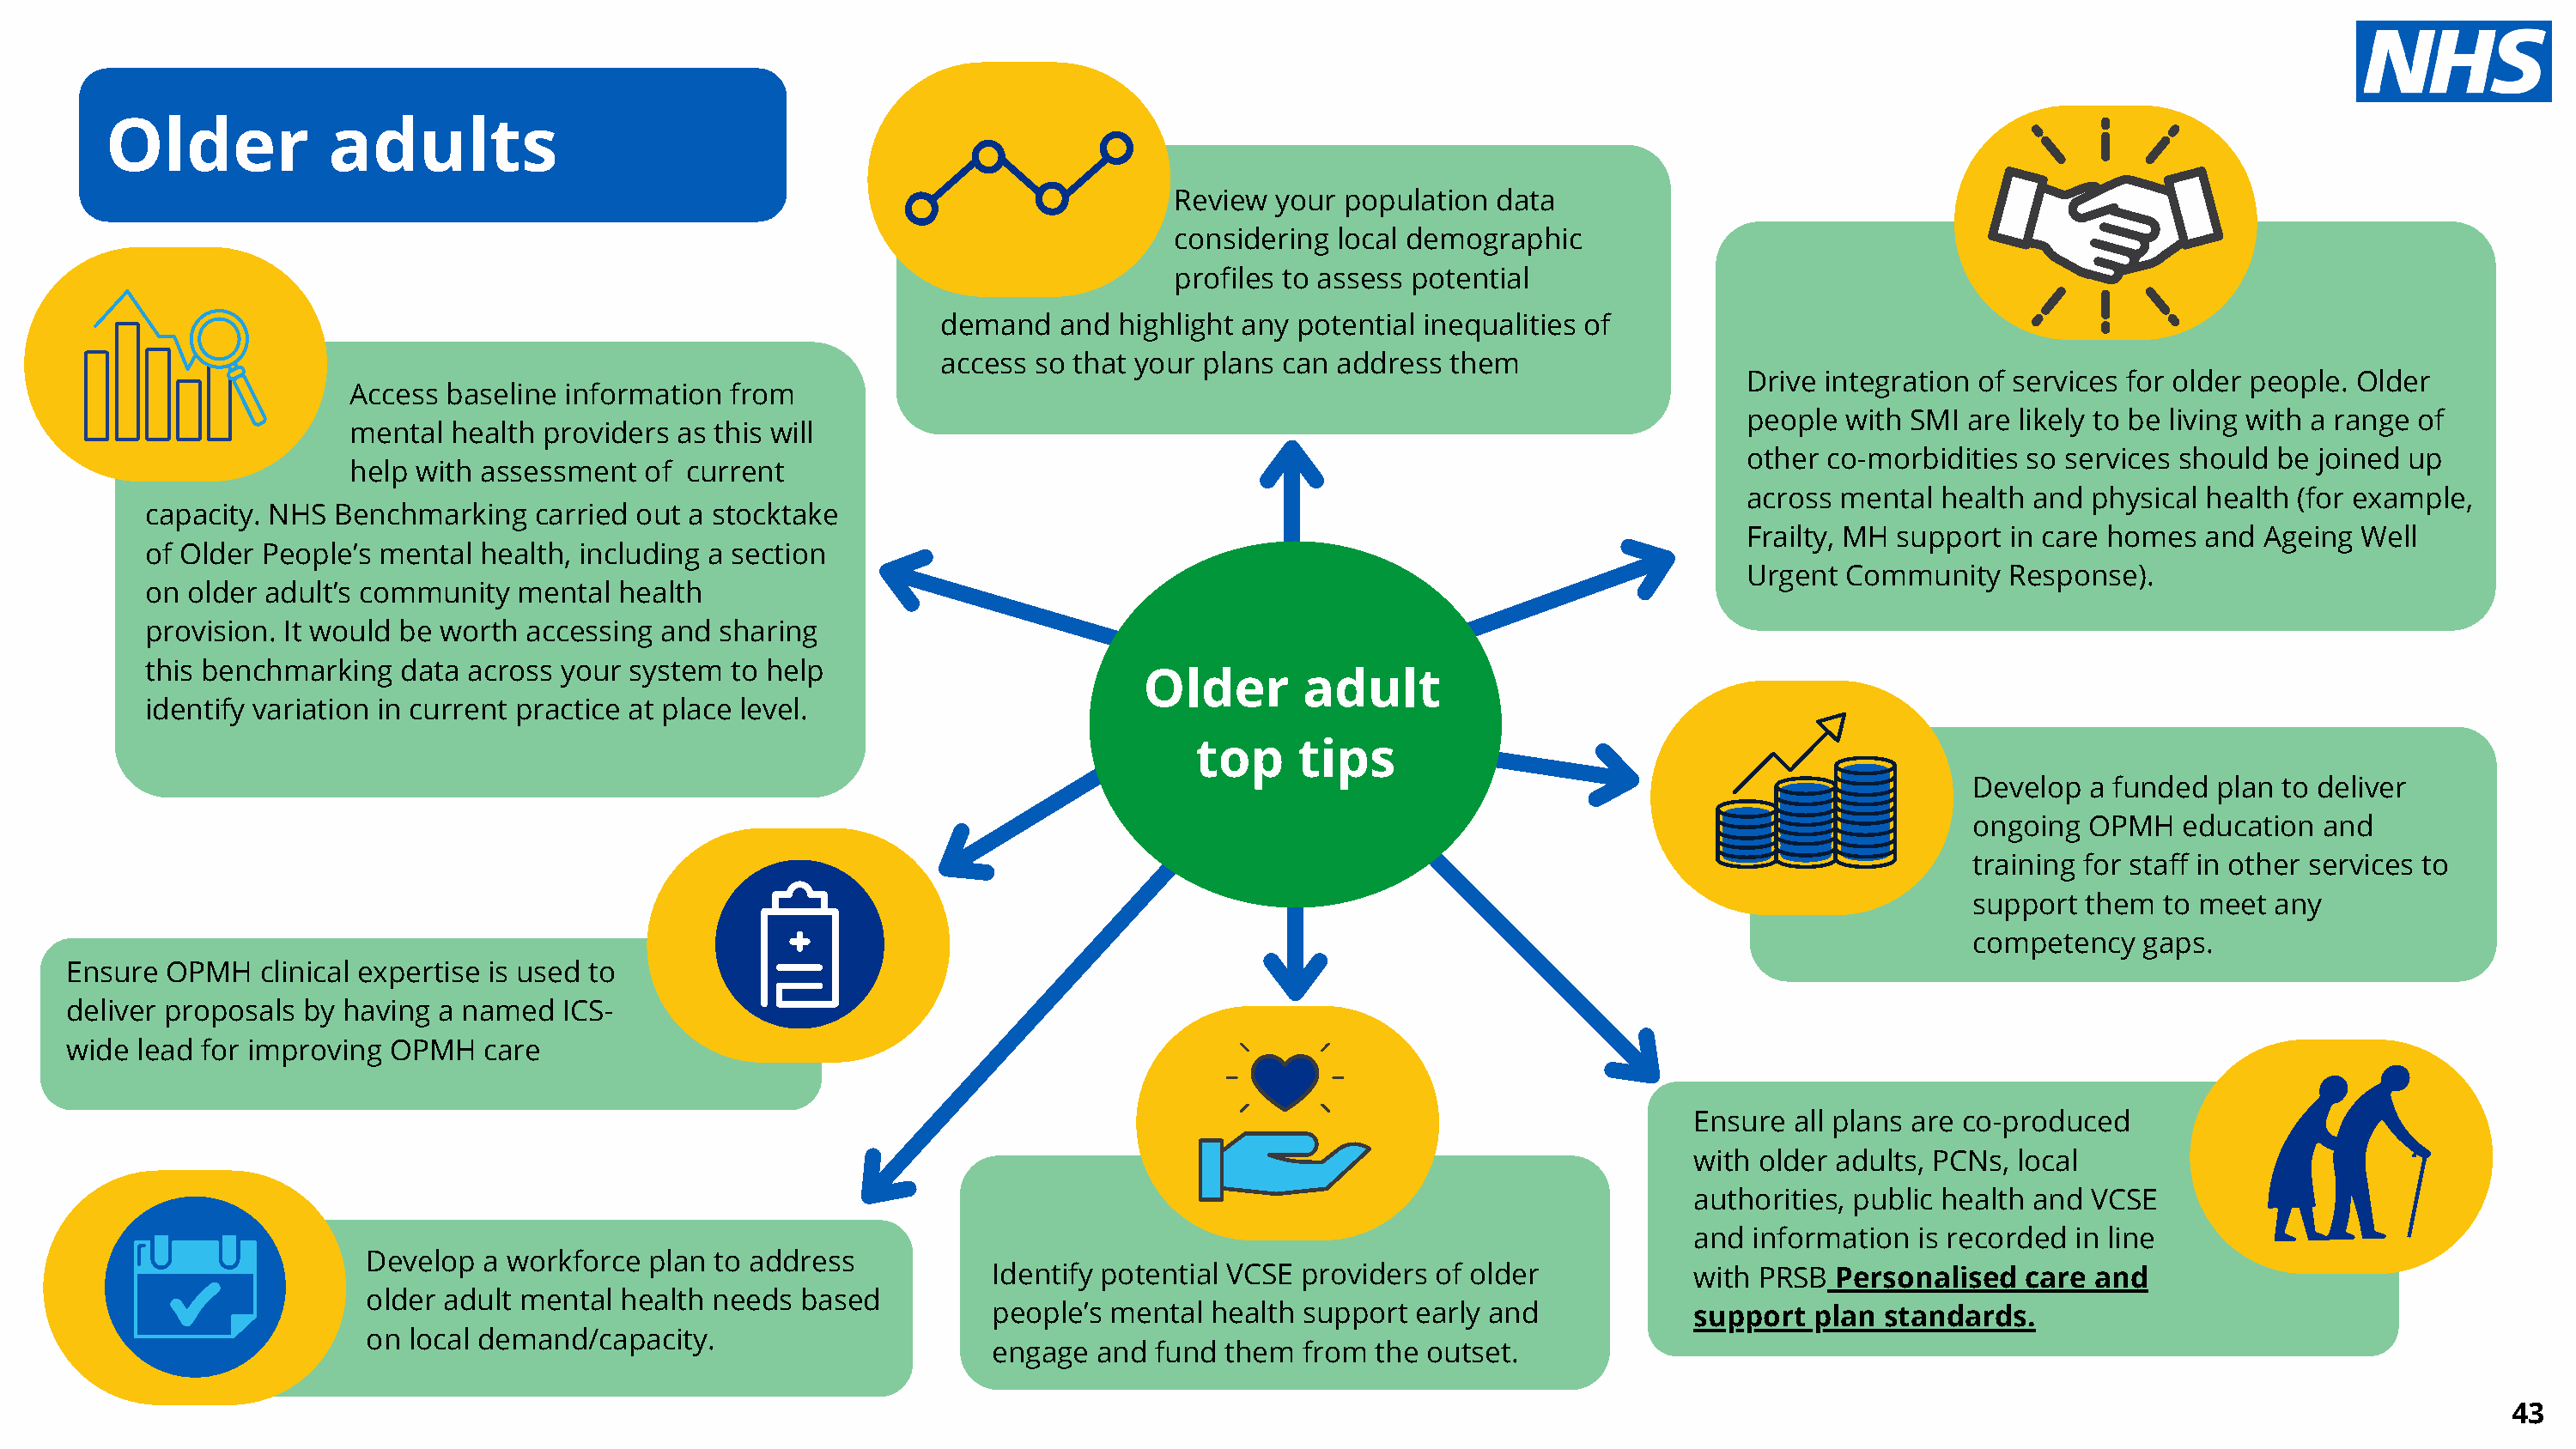
Older            adults
 Review your  population data
 considering local demographic
 profiles to assess potential
 demand   and highlight any potential inequalities of
 access so that your plans can address  them
 Drive integration of services for older people. Older
 Access baseline  information from
 people with SMI  are likely to be living with a range of
 mental  health providers as this will
 other co-morbidities so services should  be joined up
 help with assessment   of current
 across mental  health and physical health (for example,
 capacity. NHS  Benchmarking   carried out a stocktake
 Frailty, MH support in care homes  and Ageing  Well
 of Older People’s mental  health, including a section
 Urgent Community    Response).
 on older adult’s community   mental  health
 provision. It would be worth  accessing and sharing
 this benchmarking   data across your system  to help
 Older       adult
 identify variation in current practice at place level.
 top     tips
 Develop  a funded  plan to deliver
 ongoing  OPMH   education  and
 training for staff in other services to
 support  them  to meet any
 competency   gaps.
 Ensure  OPMH   clinical expertise is used to
 deliver proposals by having  a named  ICS-
 wide  lead for improving OPMH   care
 Ensure all plans are co-produced
 with older adults, PCNs, local
 authorities, public health and VCSE
 and information  is recorded in line
 Develop  a workforce  plan to address
 Identify potential VCSE providers  of older            with PRSB Personalised   care and
 older adult mental  health needs  based
 people’s  mental health support  early and             support  plan standards  .
 on local demand/capacity.
 engage   and fund them  from  the outset.
 43